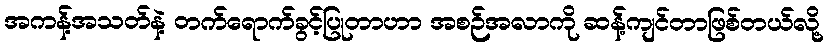
အကန့်အသတ်နဲ့ တက်ရောက်ခွင့်ပြုတာဟာ အစဉ်အလာကို ဆန့်ကျင်တာဖြစ်တယ်လို့